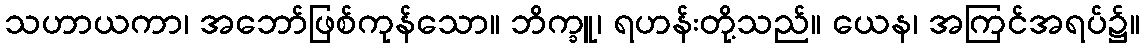
သဟာယကာ၊ အဘော်ဖြစ်ကုန်သော။ ဘိက္ခူ၊ ရဟန်းတို့သည်။ ယေန၊ အကြင်အရပ်၌။